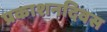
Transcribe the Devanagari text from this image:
प्रकाशनदिवस